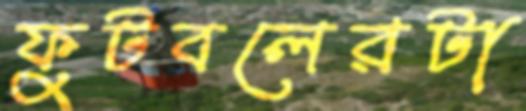
ফুটবলেরটা